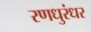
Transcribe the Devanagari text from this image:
रणधुरंधर